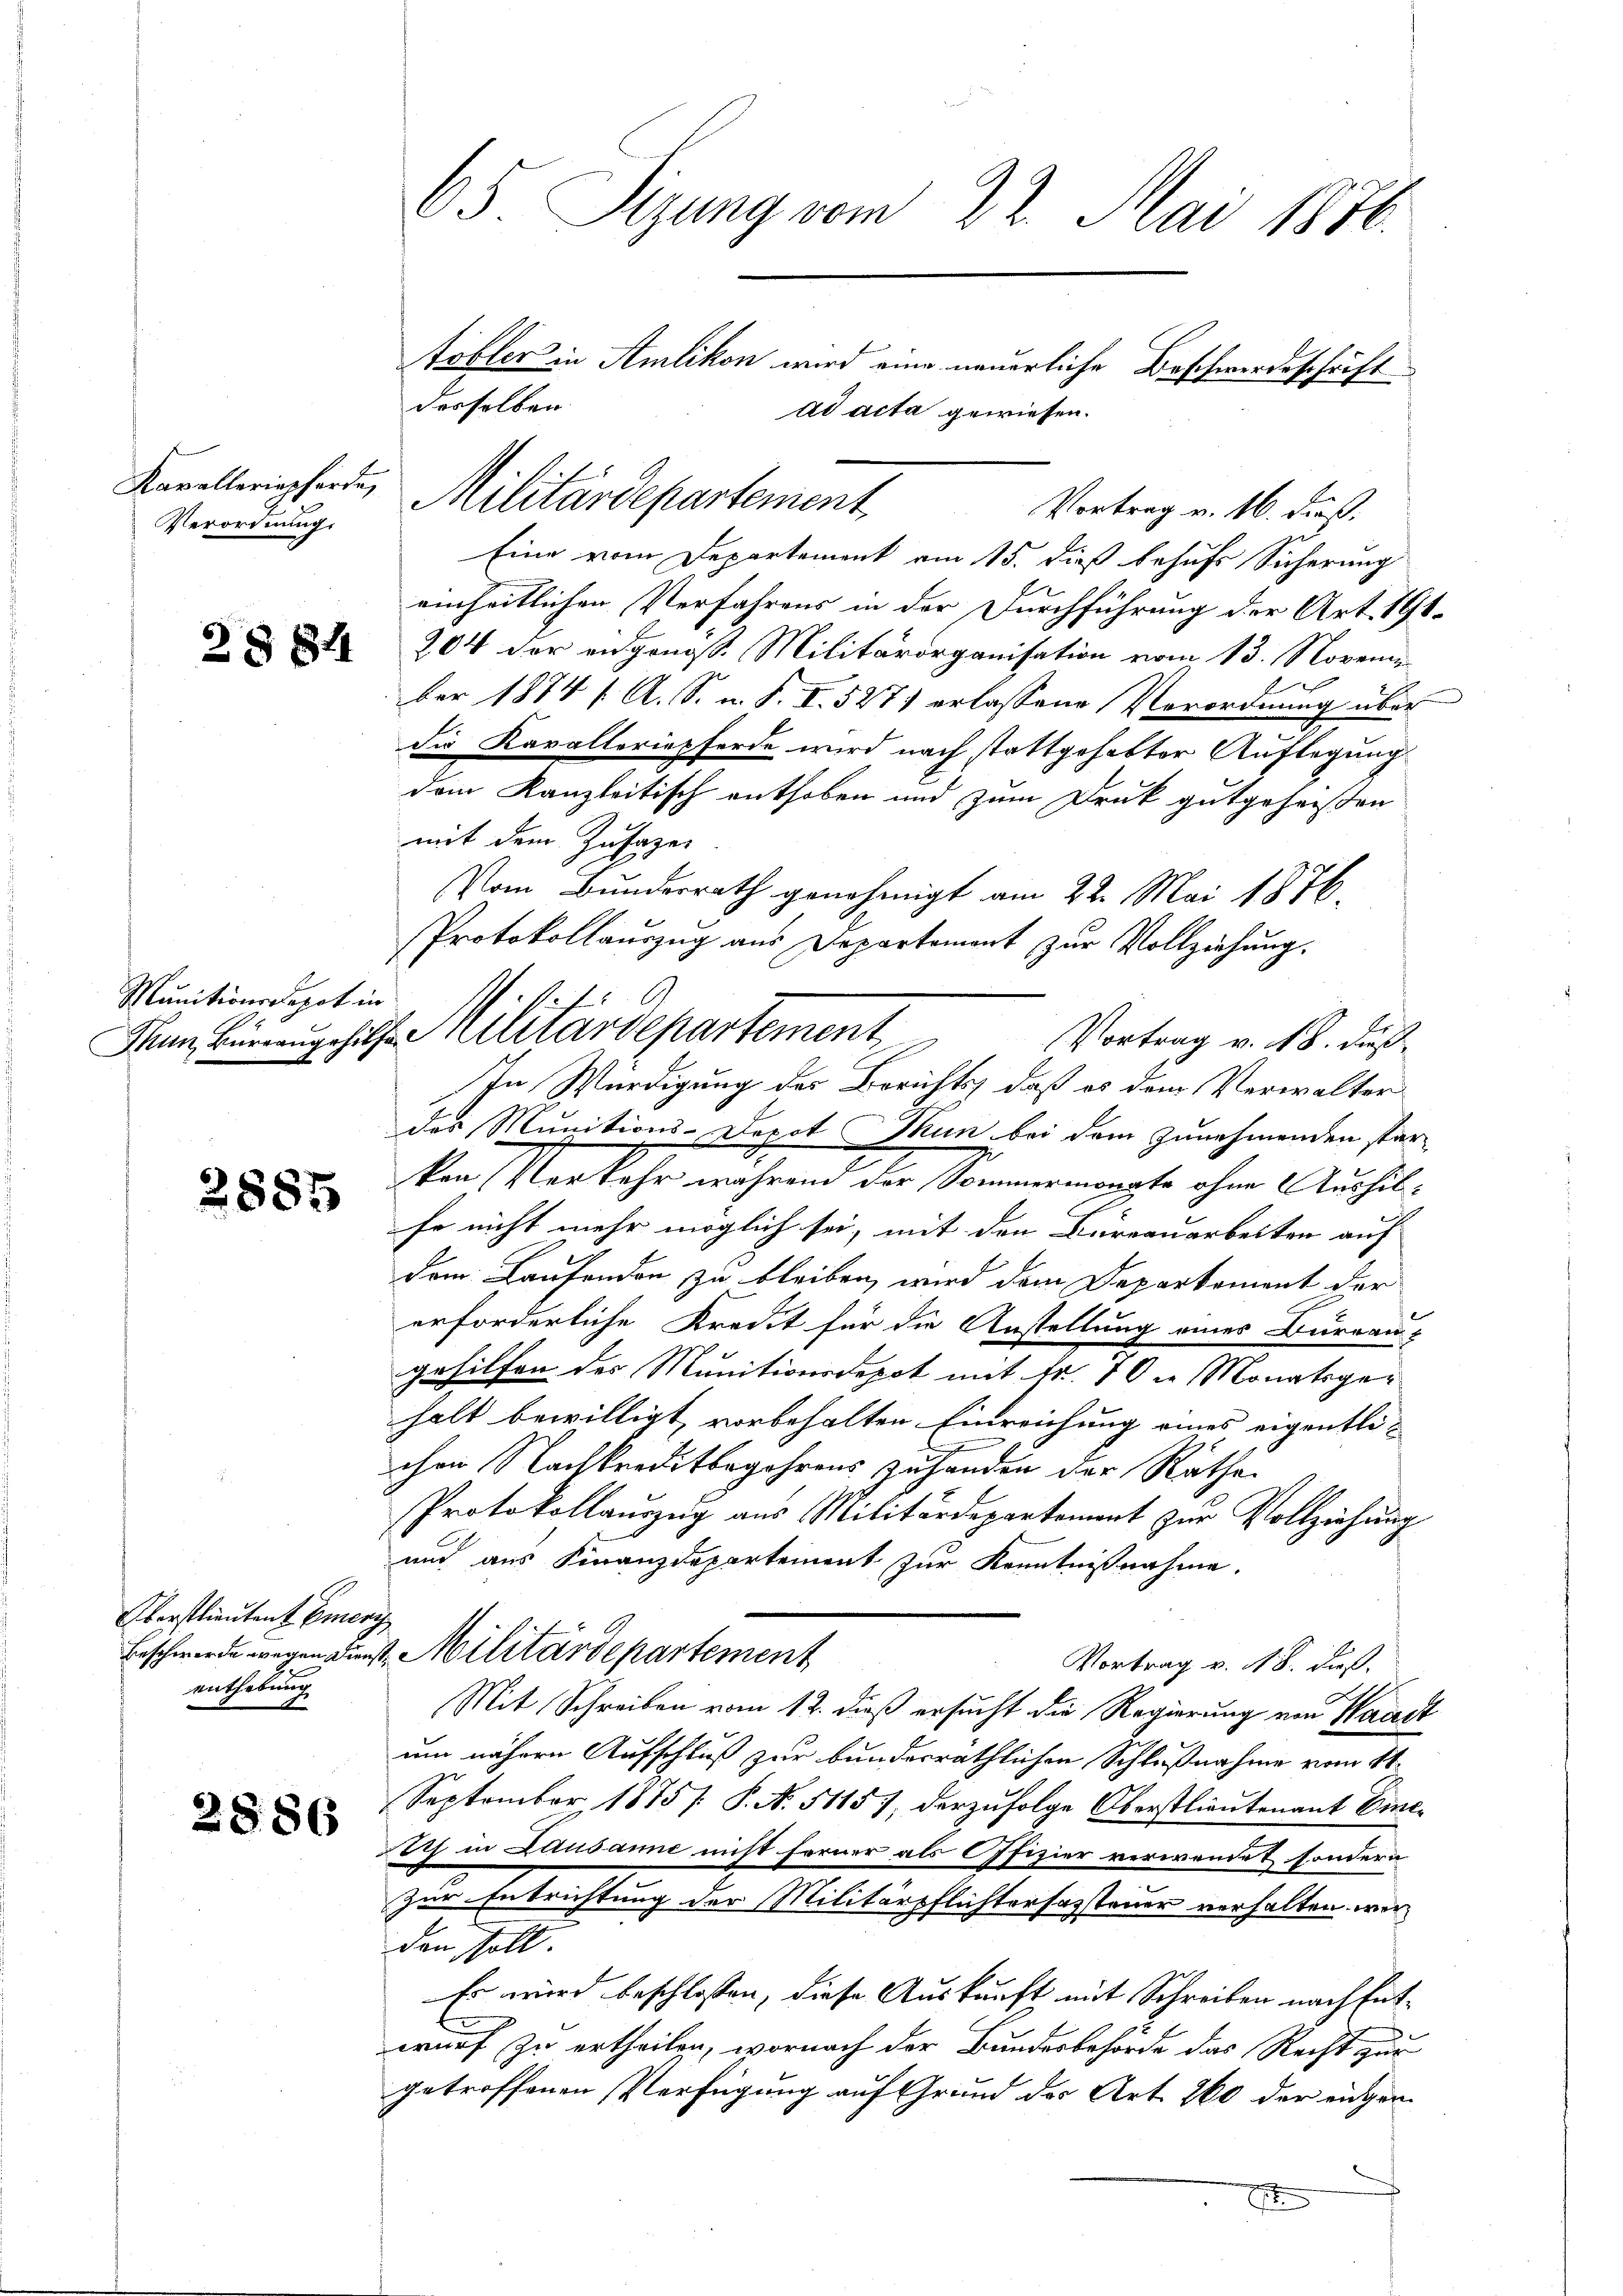
Verordnung.

2884

Munitionsdepot in

2887

Oberstlieutent Emer
enthebung

2886

65 Sizung vom 22. Mai 1876.

Vortrag v. 16. dieß.
Eine vom Departement am 15. dieß behufs Sicherung
einheitlichen Verfahrens in der Durchführung der Art. 191.
204 der engenosse Militärorganisation vom 13. Novem
ber 1874 / A. S. u. S. I. 527 erlassene Vorordnung über
die Kavalteriepferde wird nach stattgehabter Auflegung
dem Kanzleitisch enthoben und zum Druk gutgeheißen
mit dem Zusagen
Vom Bundesrath genehmigt am 22. Mai 1876.
Protokollauszug aus Departement zur Vollziehung.
Vortrag v. 18. dieß
des Munitions-Depot Thun bei dem zunehmenden star
kon (Verkehr während der Sommermonate ohne Aushilfe nicht mehr möglich sei, mit den Bureauarbeiten auf
dem Laufenden zu bleiben, wird dem Deparkoment der
erforderliche Kredit für die Anstellung eines Bureau-
gehilfen des Munitionsdepot mit Fr. 70 in Monatsger
halt bewilligt, vorbehalten Einreichung eines eigentlichen Nachkreditbegehrens zuhanden der Rathe
Protokollauszug aus Militärdepartement zur Vollziehung
and aus Finanzdepartement zur Kenntnißnahme.
d
Beschwerde wegen Dunst. Militärdepartement
Vortrag v. 18. dieß.
Mit Schreiben vom 12. dieß ersucht die Regierung von Waadt
um nähern Aufschluß zur bundesräthlichen Schlußnahme vom 11.
September 1875 /: P. N. 5115), der zŭfolge Oberstlieutenant Ein-
noch in Lausanne nicht ferner als Offizier verwandet sondern
zur Entrichtung der Militärpflichterfassteuer verhalten wir
den soll.
Es wird beschlossen, diese Auskunft mit Schreiben nach Entwurf zu ertheilen, wornach der Bundesbehörde das Recht zur
getroffenen Verfügung auf Grund des Art. 260 der eidgenx

tobler in Amlikon wird eine neuerliche Beschwerdeschrift
derselben
ad acta gewiesen.
Kavelleriepferde, Militärdepartement,

V.1.7.
Mun Büreaugshilfe Militärdepartement
In Würdigung des Berichts, daß es dem Verwalter